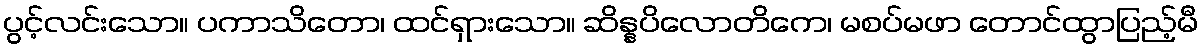
ပွင့်လင်းသော။ ပကာသိတော၊ ထင်ရှားသော။ ဆိန္နပိလောတိကေ၊ မစပ်မဖာ တောင်ထွာပြည့်မီ